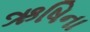
ઋષિના